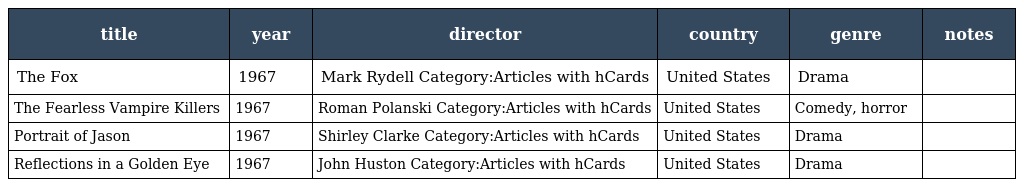
| title | year | director | country | genre | notes |
 | --- | --- | --- | --- | --- | --- |
 | The Fox | 1967 | Mark Rydell Category:Articles with hCards | United States | Drama |  |
 | The Fearless Vampire Killers | 1967 | Roman Polanski Category:Articles with hCards | United States | Comedy, horror |  |
 | Portrait of Jason | 1967 | Shirley Clarke Category:Articles with hCards | United States | Drama |  |
 | Reflections in a Golden Eye | 1967 | John Huston Category:Articles with hCards | United States | Drama |  |